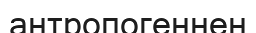
антропогеннен